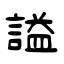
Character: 謚